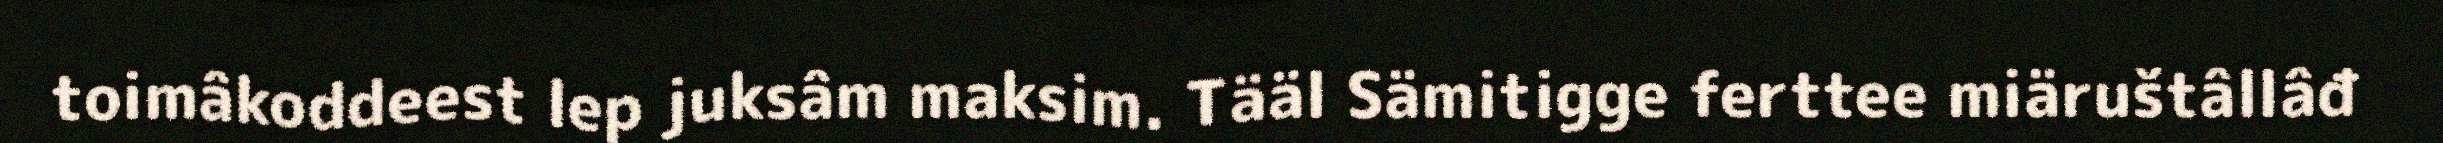
toimâkoddeest lep juksâm maksim. Tääl Sämitigge ferttee miäruštâllâđ